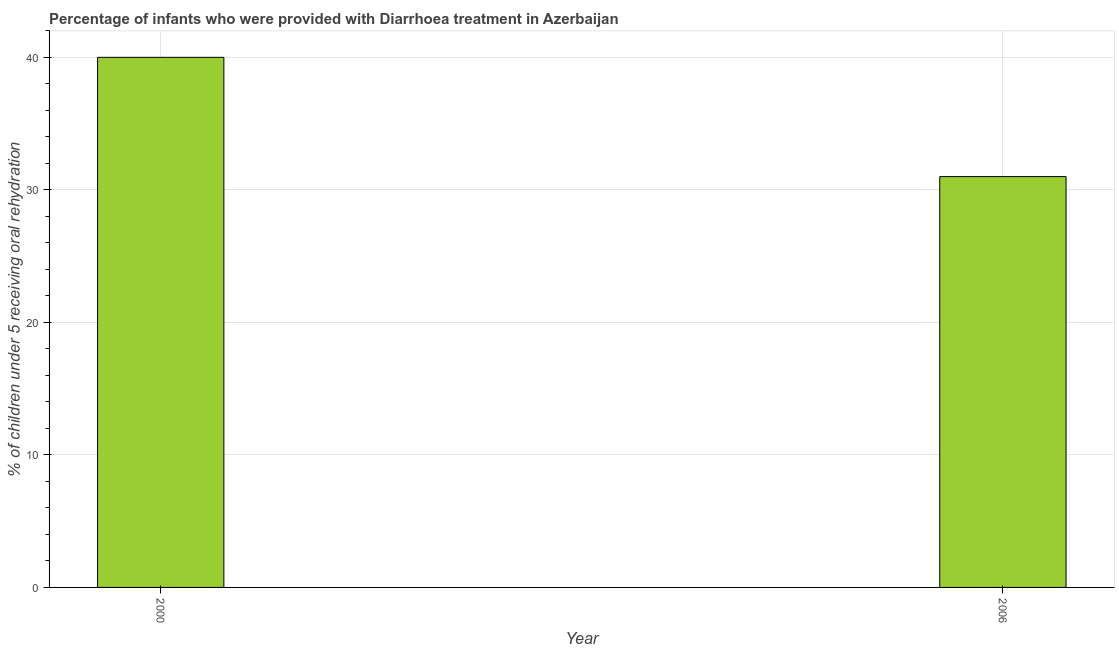
| Year | Diarrhea treatment |
 | --- | --- |
 | 2000 | 40 |
 | 2006 | 31 |